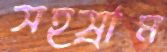
সহস্রাম